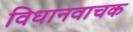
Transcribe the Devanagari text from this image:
विधानवाचक